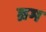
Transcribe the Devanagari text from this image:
ब्रम